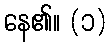
နေ၏။ (၁)